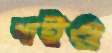
ধাইও